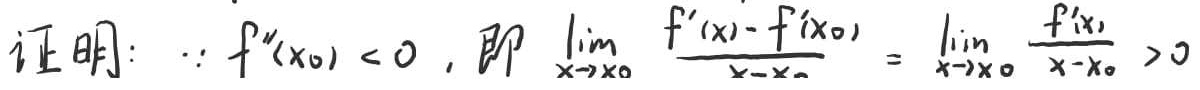
证明：$\because f''(x_0) < 0$, 即 $\lim_{x \to x_0} \frac{f'(x) - f'(x_0)}{x - x_0} = \lim_{x \to x_0} \frac{f'(x)}{x - x_0} > 0$